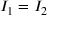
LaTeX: I _ { 1 } = I _ { 2 }